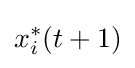
x_{i}^{*}(t+1)